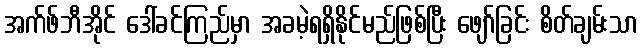
အက်ဖ်ဘီအိုင် ဒေါ်ခင်ကြည်မှာ အခမဲ့ရရှိနိုင်မည်ဖြစ်ပြီး ဖျော်ခြင်း စိတ်ချမ်းသာ